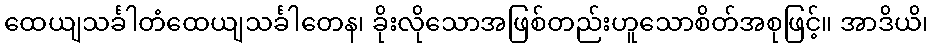
ထေယျသင်္ခါတံထေယျသင်္ခါတေန၊ ခိုးလိုသောအဖြစ်တည်းဟူသောစိတ်အစုဖြင့်။ အာဒိယိ၊